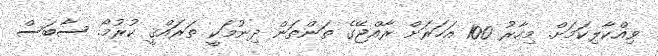
ވިއްކާލިކަމަށް. މިހާރު 100 އަހަރަށް ރާއްޖޭގެ ތަންތަން ދިނުމަކީ ތަރައްޤީ ކުރުމޯ. ސާބަސް